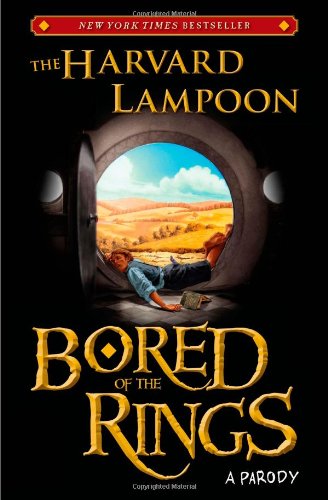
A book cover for Bored of the Rings: A Parody; The Harvard Lampoon; Humor & Entertainment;